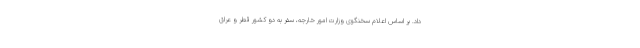
داد. بر اساس اعلام سخنگوی وزارت امور خارجه، سفر به دو کشور قطر و عراق